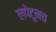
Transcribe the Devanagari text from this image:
लपेटूनच